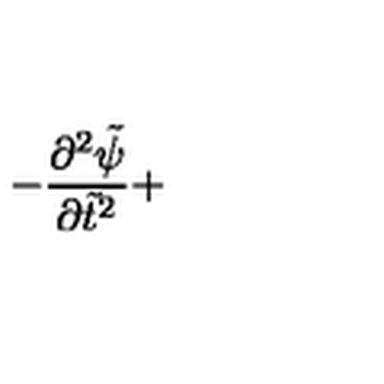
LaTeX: - \displaystyle \frac { \partial ^ { 2 } { \tilde { \psi } } } { \partial { \tilde { t } } ^ { 2 } } +